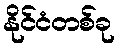
နိုင်ငံတစ်ခု